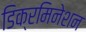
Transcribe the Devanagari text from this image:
डिक्रमिनेशन